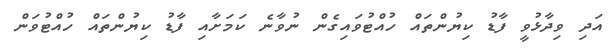
އަދި ވިދާޅުވީ ފާޑު ކިޔުންތައް ހުއްޓުވައިގެން ނުވާނެ ކަމަށާއި ފާޑު ކިޔުންތައް ހުއްޓުވަން